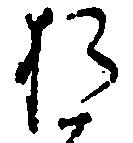
お